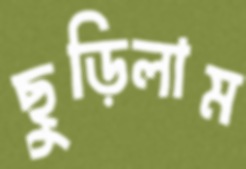
ছুড়িলাম